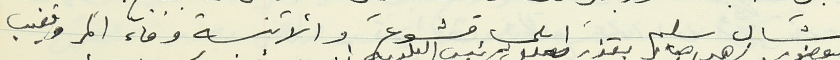
ميشال سليم - ايلي قشوع والآنسة وفاء المر وتغيب